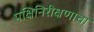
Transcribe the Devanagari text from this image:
पक्षिनिरीक्षणाचा